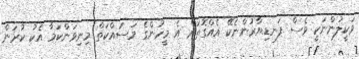
ވަކީލުންނަކީ ވެސް ފަނޑިޔާރުންނެކޭ އެއްގޮތަށް އެ މީހުންގެ މަސައްކަތް މިނިވަންކަމާ އެކު ކުރަން